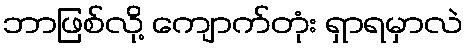
ဘာဖြစ်လို့ ကျောက်တုံး ရှာရမှာလဲ